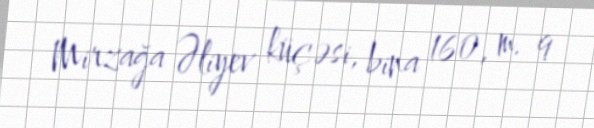
Mirzağa Əliyev küçəsi, bina 160, m. 9